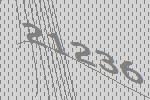
21236